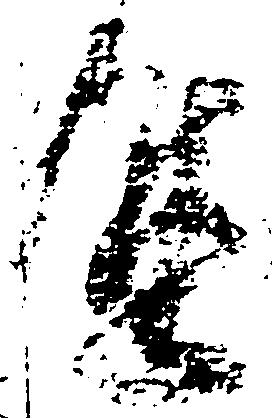
進